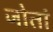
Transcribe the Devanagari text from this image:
जोतां